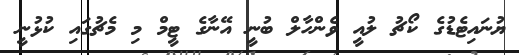
ޔުނައިޓެޑުގެ ކޯޗު ލުއީ ވެންހާލް ބުނީ އޭނާގެ ޓީމް މި މެޗުގައި ކުޅުނީ